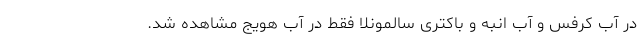
در آب کرفس و آب انبه و باکتری سالمونلا فقط در آب هویج مشاهده شد.